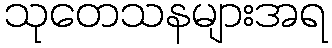
သုတေသနများအရ